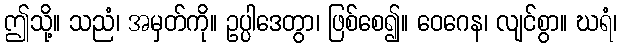
ဤသို့။ သညံ၊ အမှတ်ကို။ ဥပ္ပါဒေတွာ၊ ဖြစ်စေ၍။ ဝေဂေန၊ လျင်စွာ။ ဃရံ၊